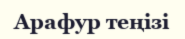
Арафур теңізі